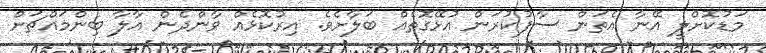
މަޑުކޮށްލީ އޭނާ އެތަން ސާފުކުރަން އުޅޭގޮތެއް ބަލާށެވެ. އިރުކޮޅެއް ވާންދެން އާލާ ބިންމައްޗަށް